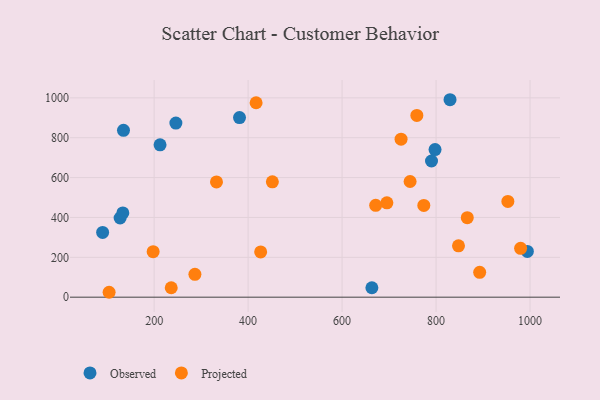
{"axis": {"x": "Study Hours", "y": "Fuel Efficiency"}, "legend": ["Observed", "Projected"], "data": [{"x": "127.6", "y": 397.2, "type": "Observed"}, {"x": "90.4", "y": 324.8, "type": "Observed"}, {"x": "663.4", "y": 47.3, "type": "Observed"}, {"x": "134.8", "y": 837.0, "type": "Observed"}, {"x": "133.4", "y": 422.6, "type": "Observed"}, {"x": "797.8", "y": 740.7, "type": "Observed"}, {"x": "246.3", "y": 873.3, "type": "Observed"}, {"x": "790.3", "y": 683.2, "type": "Observed"}, {"x": "381.7", "y": 901.2, "type": "Observed"}, {"x": "829.7", "y": 990.7, "type": "Observed"}, {"x": "212.6", "y": 764.5, "type": "Observed"}, {"x": "994.3", "y": 229.5, "type": "Observed"}, {"x": "417.0", "y": 975.5, "type": "Projected"}, {"x": "892.8", "y": 124.7, "type": "Projected"}, {"x": "952.8", "y": 480.4, "type": "Projected"}, {"x": "744.7", "y": 580.5, "type": "Projected"}, {"x": "847.7", "y": 257.5, "type": "Projected"}, {"x": "695.3", "y": 473.5, "type": "Projected"}, {"x": "866.4", "y": 399.0, "type": "Projected"}, {"x": "671.5", "y": 460.7, "type": "Projected"}, {"x": "979.9", "y": 244.9, "type": "Projected"}, {"x": "197.9", "y": 228.3, "type": "Projected"}, {"x": "725.5", "y": 792.9, "type": "Projected"}, {"x": "773.9", "y": 460.4, "type": "Projected"}, {"x": "426.7", "y": 227.1, "type": "Projected"}, {"x": "236.4", "y": 47.2, "type": "Projected"}, {"x": "332.7", "y": 578.5, "type": "Projected"}, {"x": "451.6", "y": 578.9, "type": "Projected"}, {"x": "286.8", "y": 114.5, "type": "Projected"}, {"x": "759.1", "y": 912.0, "type": "Projected"}, {"x": "104.2", "y": 24.6, "type": "Projected"}]}